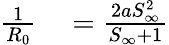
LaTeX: \begin{array}{rl}{\frac{1}{R_{0}}}&{{}=\frac{2aS_{\infty}^{2}}{S_{\infty}+1}}\end{array}